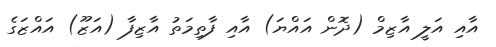
އާއި އަލީ އާޒިމް (ދޮން އައްޔަ) އާއި ފާތިމަތު އާޒިފާ (އަޒޫ) އައްޒަގެ